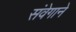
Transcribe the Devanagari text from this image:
संवेगाने